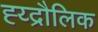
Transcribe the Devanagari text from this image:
ह्य्द्रौलिक